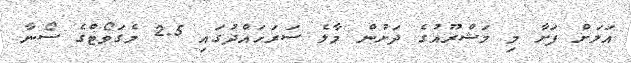
އަލަށް ފަށާ މި މަޝްރޫއުގެ ދަށުން މާލެ ސަރަަހައްދުގައި 2.5 މެގަވޯޓްގެ ސޯނާ